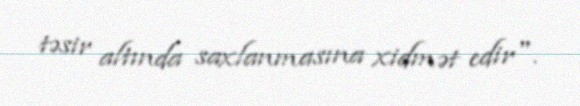
təsir altında saxlanmasına xidmət edir".